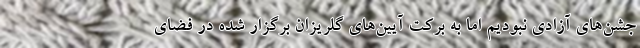
جشن‌های آزادی نبودیم اما به برکت آیین‌های گلریزان برگزار شده در فضای